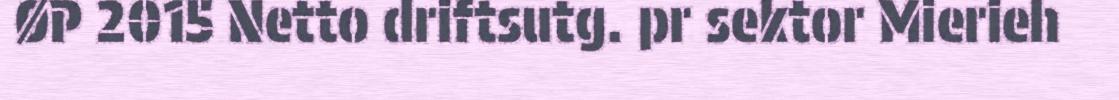
ØP 2015 Netto driftsutg. pr sektor Mierieh